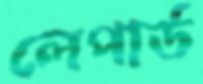
লেপার্ড